Sketch of the medical history of the native army of Bombay, for the year
Year: 1876
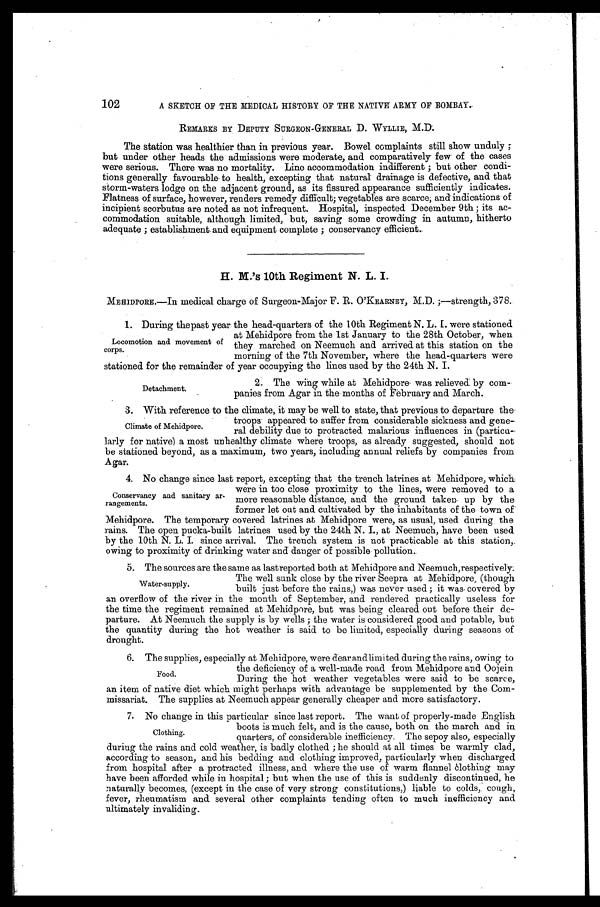
102
A SKETCH OF THE MEDICAL HISTORY OF THE NATIVE ARMY OF BOMBAY.
REMARKS BY DEPUTY SURGEON-GENERAL D. WYLLIE, M.D.
The station was healthier than in previous year. Bowel complaints still show unduly;
but under other heads the admissions were moderate, and comparatively few of the cases
were serious. There was no mortality. Line accommodation indifferent; but other condi
-tions generally favourable to health, excepting that natural drainage is defective, and that
storm-waters lodge on the adjacent ground, as its fissured appearance sufficiently indicates.
Flatness of surface, however, renders remedy difficult; vegetables are scarce, and indications of
incipient scorbutus are noted as not infrequent. Hospital, inspected December 9th; its ac
-commodation suitable, although limited, but, saving some crowding in autumn, hitherto
adequate; establishment and equipment complete; conservancy efficient.
H. M.'s 10th Regiment N. L. I.
MEHIDPORE.—In medical charge of Surgeon-Major F. R. O ' KEARNEY, M.D.;—strength, 378.
1. During the past year the head-quarters of the 10th Regiment N. L. I. were stationed
at Mehidpore from the 1st January to the 28th October, when
they marched on Neemuch and arrived at this station on the
morning of the 7th November, where the head-quarters were
stationed for the remainder of year occupying the lines used by the 24th N. I.
Locomotion and movement of
corps.
Detachment.
2. The wing while at Mehidpore was relieved by co
m-panies from Agar in the months of February and March.
3. With reference to the climate, it may be well to state, that previous to departure the
troops appeared to suffer from considerable sickness and gene
-
ral debility due to protracted malarious influences in (particu
-larly for native) a most unhealthy climate where troops, as already suggested, should not
be stationed beyond, as a maximum, two years, including annual reliefs by companies from
Agar.
4. No change since last report, excepting that the trench latrines at Mehidpore, which
were in too close proximity to the lines, were removed to a
more reasonable distance, and the ground taken up by the
former let out and cultivated by the inhabitants of the town of
Mehidpore. The temporary covered latrines at Mehidpore were, as usual, used during the
rains. The open pucka-built latrines used by the 24th N. I., at Neemuch, have been used
by the 10th N. L. I. since arrival. The trench system is not practicable at this station,
owing to proximity of drinking water and danger of possible pollution.
5. The sources are the same as last reported both at Mehidpore and Neemuch, respectively.
The well sunk close by the river Seepra at Mehidpore, (though
built just before the rains,) was never used; it was covered by
an overflow of the river in the month of September, and rendered practically useless for
the time the regiment remained at Mehidpore, but was being cleared out before their de
-parture. At Neemuch the supply is by wells; the water is considered good and potable, but
the quantity during the hot weather is said to be limited, especially during seasons of
drought.
6. The supplies, especially at Mehidpore, were dear and limited during the rains, owing to
the deficiency of a well-made road from Mehidpore and Oojein
During the hot weather vegetables were said to be scarce,
an item of native diet which might perhaps with advantage be supplemented by the Com
-missariat. The supplies at Neemuch appear generally cheaper and more satisfactory.
7. No change in this particular since last report. The want of properly-made English
boots is much felt, and is the cause, both on the march and in
quarters, of considerable inefficiency. The sepoy also, especially
during the rains and cold weather, is badly clothed; he should at all times be warmly clad,
according to season, and his bedding and clothing improved, particularly when discharged
from hospital after a protracted illness, and where the use of warm flannel clothing may
have been afforded while in hospital; but when the use of this is suddenly discontinued, he
naturally becomes, (except in the case of very strong constitutions,) liable to colds, cough,
fever, rheumatism and several other complaints tending often to much inefficiency and
ultimately invaliding.
Climate of Mehidpore.
Conservancy and sanitary ar
-rangements.
Water-supply.
Food.
Clothing.